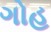
ગોહ